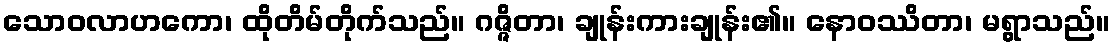
သောဝလာဟကော၊ ထိုတိမ်တိုက်သည်။ ဂဇ္ဇိတာ၊ ချုန်းကားချုန်း၏။ နောဝဿိတာ၊ မရွာသည်။